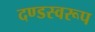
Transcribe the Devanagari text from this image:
दण्डस्वरूप